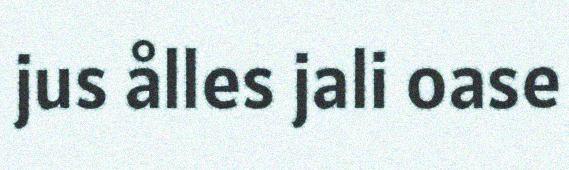
jus ålles jali oase